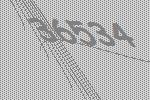
36534